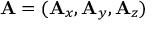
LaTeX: \mathbf { A } = ( \mathbf { A } _ { x } , \mathbf { A } _ { y } , \mathbf { A } _ { z } )